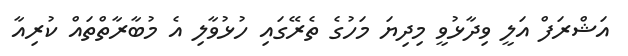
އަޝްރަފް އަލީ ވިދާޅުވީ މިދިޔަ މަހުގެ ތެރޭގައި ހުޅުވާލި އެ މުބާރާތްތައް ކުރިއާ